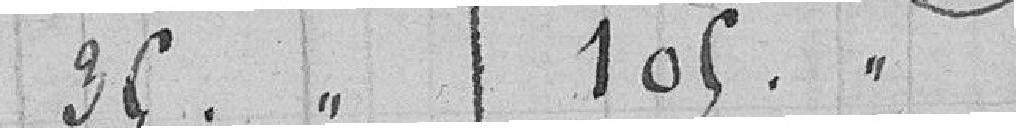
35.33. 105.